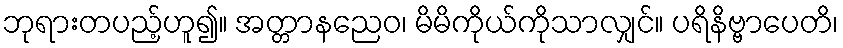
ဘုရားတပည့်ဟူ၍။ အတ္တာနညေဝ၊ မိမိကိုယ်ကိုသာလျှင်။ ပရိနိဗ္ဗာပေတိ၊